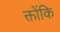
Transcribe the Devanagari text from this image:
क्तोंकि